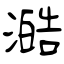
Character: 澔